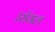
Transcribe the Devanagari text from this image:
।रॉयल